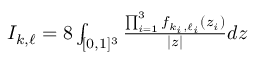
\begin{array} { r } { I _ { k , \ell } = 8 \int _ { [ 0 , 1 ] ^ { 3 } } \frac { \prod _ { i = 1 } ^ { 3 } f _ { k _ { i } , \ell _ { i } } ( z _ { i } ) } { | z | } d z } \end{array}